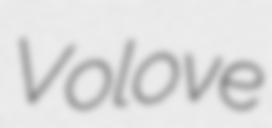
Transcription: Volove